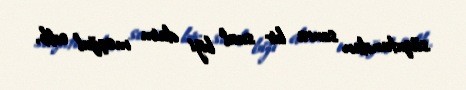
süqutundan sonra bir sual bizi daim məşğul edib.